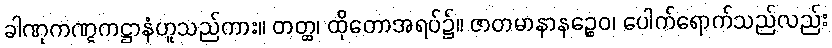
ခါဏုကဏ္ဋကဋ္ဌာနံဟူသည်ကား။ တတ္ထ၊ ထိုတောအရပ်၌။ ဇာတမာနာနဉ္စေဝ၊ ပေါက်ရောက်သည်လည်း